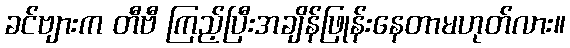
ခင်ဗျားက တီဗီ ကြည့်ပြီးအချိန်ဖြုန်းနေတာမဟုတ်လား။